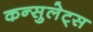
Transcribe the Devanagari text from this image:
कन्सुलेट्स